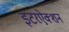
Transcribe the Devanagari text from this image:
इंटरऐक्शन